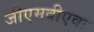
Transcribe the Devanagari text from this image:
जीएमवीएवः